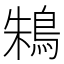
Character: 鴸